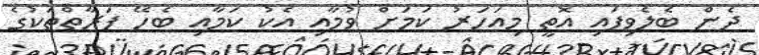
ދެން ބެލެވިފައި އޮތީ މިއަހަރު ކަމަށް ވުމާއި އެކު ކަމާއި ބެހޭ ފަރާތްތަކުގެ